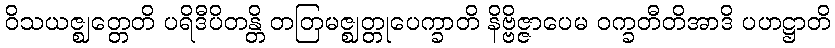
ဝိသယဇ္ဈတ္တေတိ ပရိဒီပိတန္တိ တတြမဇ္ဈတ္တုပေက္ခာတိ နိဗ္ဗိဇ္ဇာပေမ ဝက္ခတီတိအာဒိ ပဟဋ္ဌာတိ